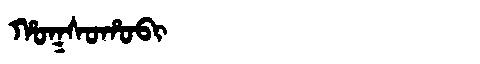
Manchu: ᡥᠣᡴᠰᠣᡥᠣᠪᡳ
Romanization: HOKSOHOBI